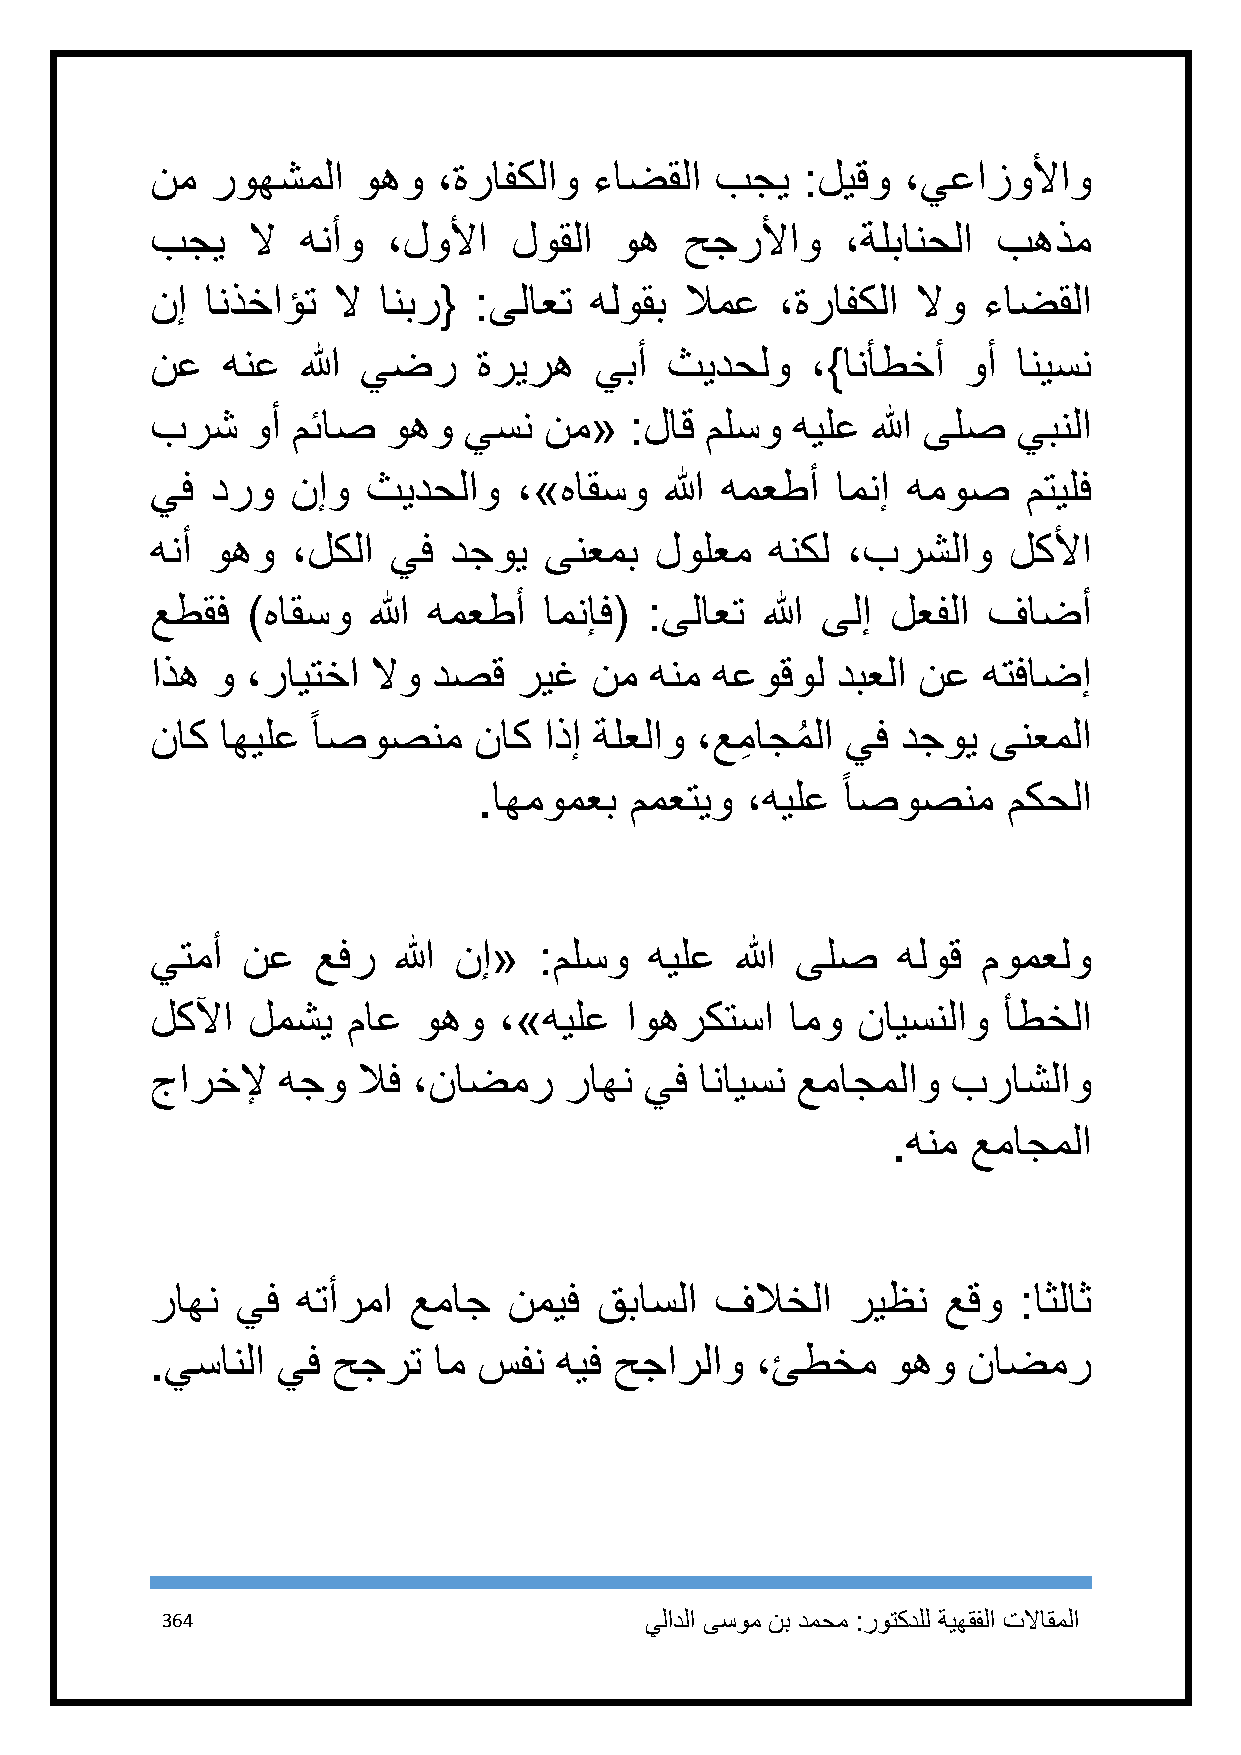
نم  روهشملا   وهو  ،ةرافكلاو ءاضقلا  بجي   :ليقو  ،يعازولأاو
 بجي   لا  هنأو  ،لولأا  لوقلا  وه  حجرلأاو    ،ةلبانحلا بهذم
 نإ  انذخاؤت لا انبر{ :ىلاعت  هلوقب لامع   ،ةرافكلا لاو ءاضقلا
 نع   هنع  الله يضر    ةريره  يبأ  ثيدحلو    ،}انأطخأ  وأ انيسن
 برش   وأ مئاص   وهو  يسن  نم«   :لاق ملسو هيلع  الله ىلص يبنلا
 يف  درو  نإو  ثيدحلاو   ،»هاقسو   الله همعطأ امنإ هموص    متيلف
 هنأ وهو  ،لكلا  يف  دجوي  ىنعمب  لولعم   هنكل ،برشلاو    لكلأا
 عطقف  )هاقسو  الله همعطأ  امنإف( :ىلاعت الله ىلإ لعفلا فاضأ
 اذه و ،رايتخا  لاو دصق  ريغ  نم  هنم هعوقول  دبعلا نع  هتفاضإ
 ً
 ناك  اهيلع اصوصنم    ناك  اذإ ةلعلاو ،عمِ اجمُ لا يف دجوي ىنعملا
 ً
 .اهمومعب  ممعتيو ،هيلع  اصوصنم     مكحلا
 يتمأ  نع   عفر  الله نإ«  :ملسو  هيلع  الله ىلص  هلوق  مومعلو
 لكلآا لمشي   ماع  وهو  ،»هيلع  اوهركتسا   امو  نايسنلاو أطخلا
 جارخلإ  هجو   لاف ،ناضمر   راهن  يف انايسن عماجملاو  براشلاو
 .هنم عماجملا
 راهن  يف  هتأرما عماج   نميف قباسلا  فلاخلا   ريظن  عقو  :اثلاث
 .يسانلا يف  حجرت   ام سفن  هيف حجارلاو  ،ئطخم    وهو  ناضمر
 364                             يلادلا ىسوم نب دمحم :روتكدلل ةيهقفلا تلااقملا